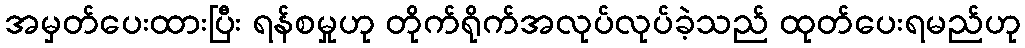
အမှတ်ပေးထားပြီး ရန်စမှုဟု တိုက်ရိုက်အလုပ်လုပ်ခဲ့သည် ထုတ်ပေးရမည်ဟု